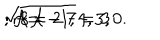
\sqrt { 8 { \cal A } - 7 } = 3 \hspace { 1 c m } ; { \cal A } = 2 \hspace { 1 c m } ; r = - 1 , 4 , 3 , 0 .